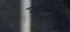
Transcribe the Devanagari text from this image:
खुदाबख्श